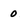
Character: o